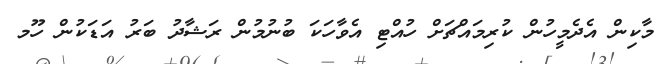
މާކިން އެދެމީހުން ކުރިމައްޗަށް ހުއްޓި އެވާހަކަ ބުނުމުން ރަޝާދު ބަރު އަޑަކުން ހޫމ